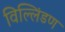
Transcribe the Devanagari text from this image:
विल्लिंडण